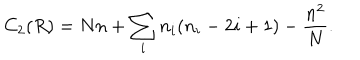
LaTeX: C _ { 2 } ( R ) = N n + \sum _ { i } n _ { i } ( n _ { i } - 2 i + 1 ) - \frac { n ^ { 2 } } { N } .